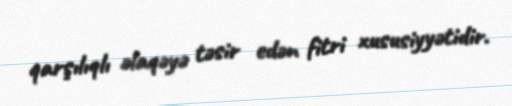
qarşılıqlı əlaqəyə təsir edən fitri xususiyyətidir.